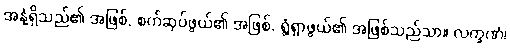
အနံ့ရှိသည်၏ အဖြစ်, စက်ဆုပ်ဖွယ်၏ အဖြစ်, ရွံ့ရှာဖွယ်၏ အဖြစ်သည်သာ။ လက္ခဏံ၊